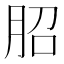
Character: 𦚔